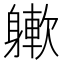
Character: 𨉻